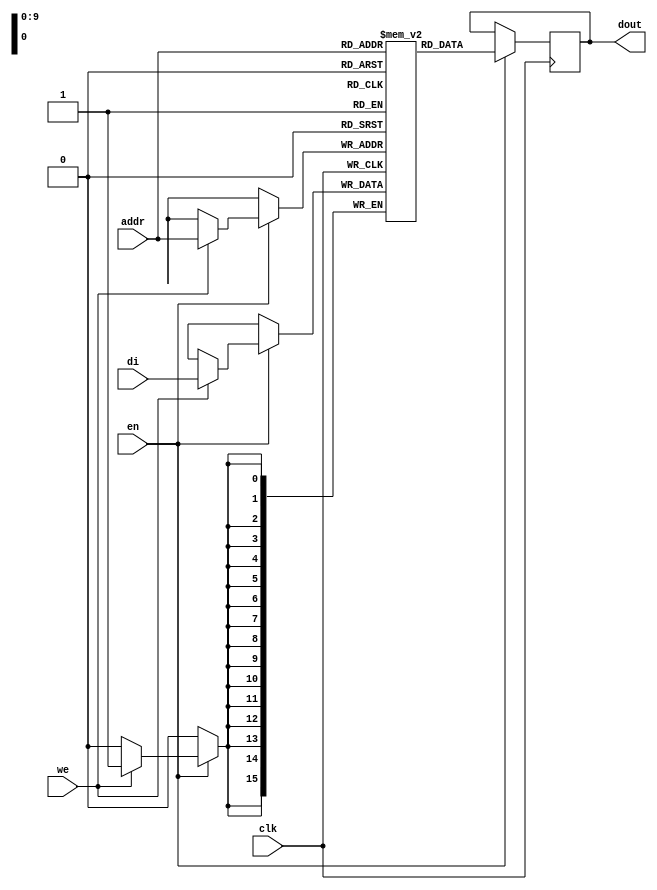
// Single-Port Block RAM Read-First Mode
// rams_sp_rf.v
module rams_sp_rf (clk, en, we, addr, di, dout);

input clk; 
input we; 
input en;
input [9:0] addr; 
input [15:0] di; 
output [15:0] dout;

reg [15:0] RAM [1023:0];
reg [15:0] dout;

always @(posedge clk)
begin
  if (en)
    begin
      if (we)
        RAM[addr]<=di;
      dout <= RAM[addr];
    end
end

endmodule